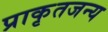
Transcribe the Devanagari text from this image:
प्राकृतजन्य